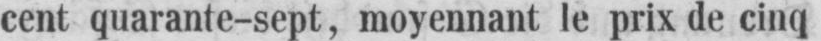
cent quarante-sept, moyennant le prix de cinq